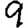
Digit: 9